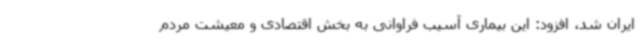
ایران شد، افزود: این بیماری آسیب فراوانی به بخش اقتصادی و معیشت مردم